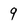
Character: 9